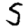
Digit: 5